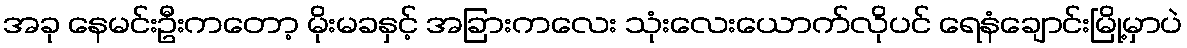
အခု နေမင်းဦးကတော့ မိုးမခနှင့် အခြားကလေး သုံးလေးယောက်လိုပင် ရေနံချောင်းမြို့မှာပဲ